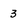
Character: 3